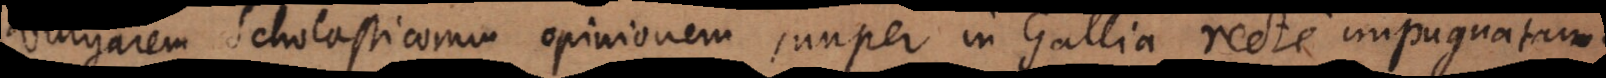
vulgarem Scholasticorum opinionem, nuper in Gallia recte impugnatam.